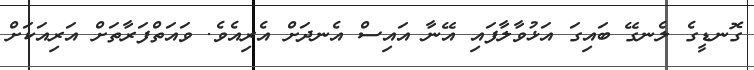
ގޮނޑީގެ ލެނގޭ ބައިގަ އަޅުވާލާފައި އޭނާ އައިސް އެނދަށް އެރިއެވެ. ވައަތްފަރާތަށް އަރިއަކަށް